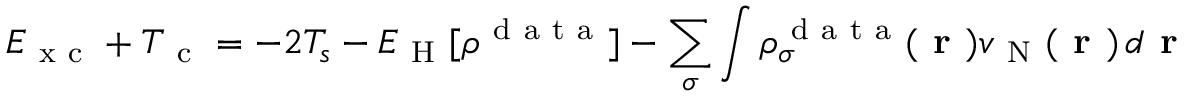
E _ { \mathrm { ~ x ~ c ~ } } + T _ { \mathrm { ~ c ~ } } = - 2 T _ { s } - E _ { \mathrm { ~ H ~ } } [ \rho ^ { \mathrm { ~ d ~ a ~ t ~ a ~ } } ] - \sum _ { \sigma } \int \rho _ { \sigma } ^ { \mathrm { ~ d ~ a ~ t ~ a ~ } } ( \boldsymbol { \textbf { r } } ) v _ { \mathrm { ~ N ~ } } ( \boldsymbol { \textbf { r } } ) \, d \boldsymbol { \textbf { r } }